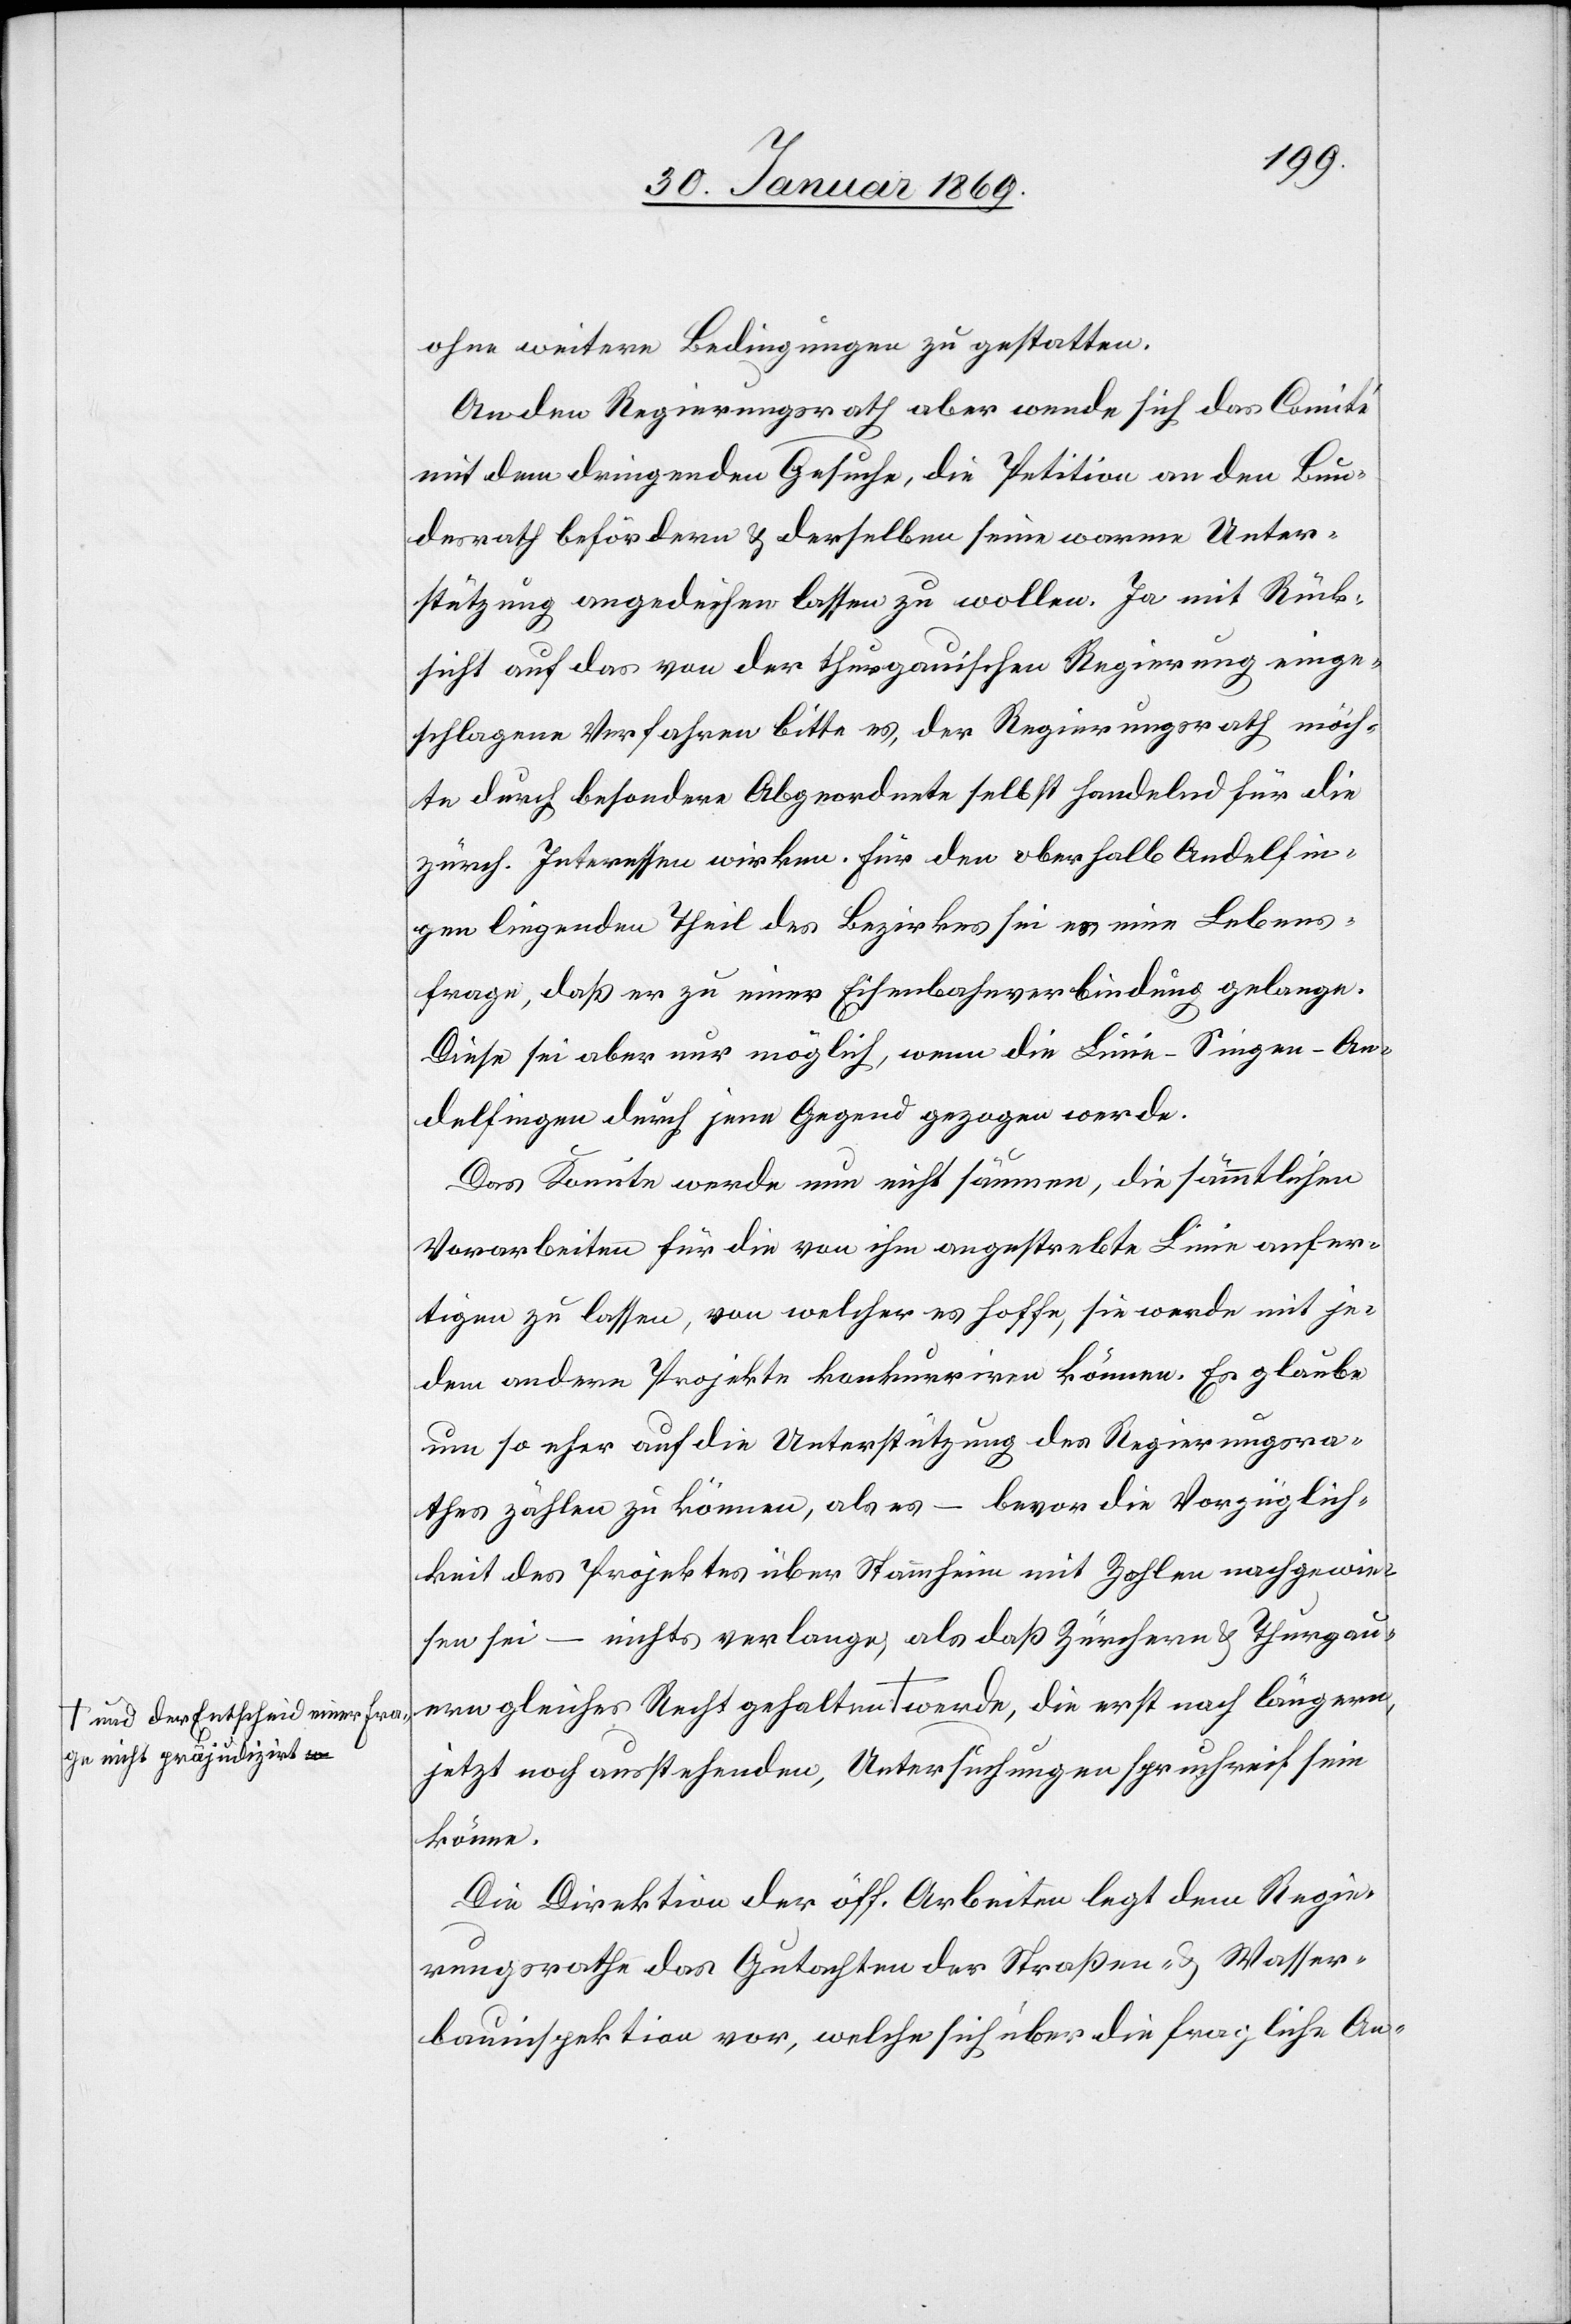
ohne weitere Bedingungen zu gestatten.
An den Regierungsrath aber wende sich das Comité
mit dem dringenden Gesuche, die Petition an den Bun¬
desrath befördern u. derselben seine warme Unter¬
stützung angedeihen lassen zu wollen. Ja mit Rück¬
sicht auf das von der thurgauischen Regierung einge¬
schlagene Verfahren bitte es, der Regierungsrath möch¬
te durch besondere Abgeordnete selbst handelnd für die
zürich. Interessen wirken. Für den oberhalb Andelfin¬
gen liegenden Theil des Bezirkes sei es eine Lebens¬
frage, daß er zu einer Eisenbahnverbindung gelange.
Diese sei aber nur möglich, wenn die Linie Singen–An¬
delfingen durch jene Gegend gezogen werde.
Das Komitee werde nun nicht säumen, die sämmtlichen
Vorarbeiten für die von ihm angestrebte Linie anfer¬
tigen zu lassen, von welcher es hoffe, sie werde mit je¬
dem andern Projekte konkurriren können. Es glaube
um so eher auf die Unterstützung des Regierungsra¬
thes zählen zu können, als es – bevor die Vorzüglich¬
keit des Projektes über Stammheim mit Zahlen nachgewie¬
sen sei – nichts verlange, als daß Zürchern u. Thurgau¬
ern gleiches Recht gehalten a-und der Entscheid einer Frage nicht präjudizirt-a
jetzt noch anstehenden, Untersuchungen spruchreif sein
könne.
Die Direktion der öff. Arbeiten legt dem Regie¬
rungsrathe das Gutachten der Straßen- u. Wasser¬
bauinspektion vor, welche sich über die fragliche An-